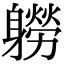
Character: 軂